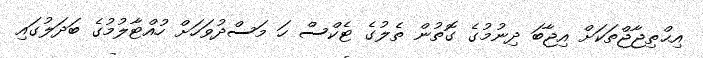
އިޙްތިޖާޖްތަކަށް އިޖާބަ ދިނުމުގެ ގޮތުން ތެލުގެ ޓެކްސް ހަ މަސްދުވަހަށް ހުއްޓާލުމުގެ ބަދަލުގައި